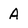
Character: A